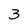
Character: 3